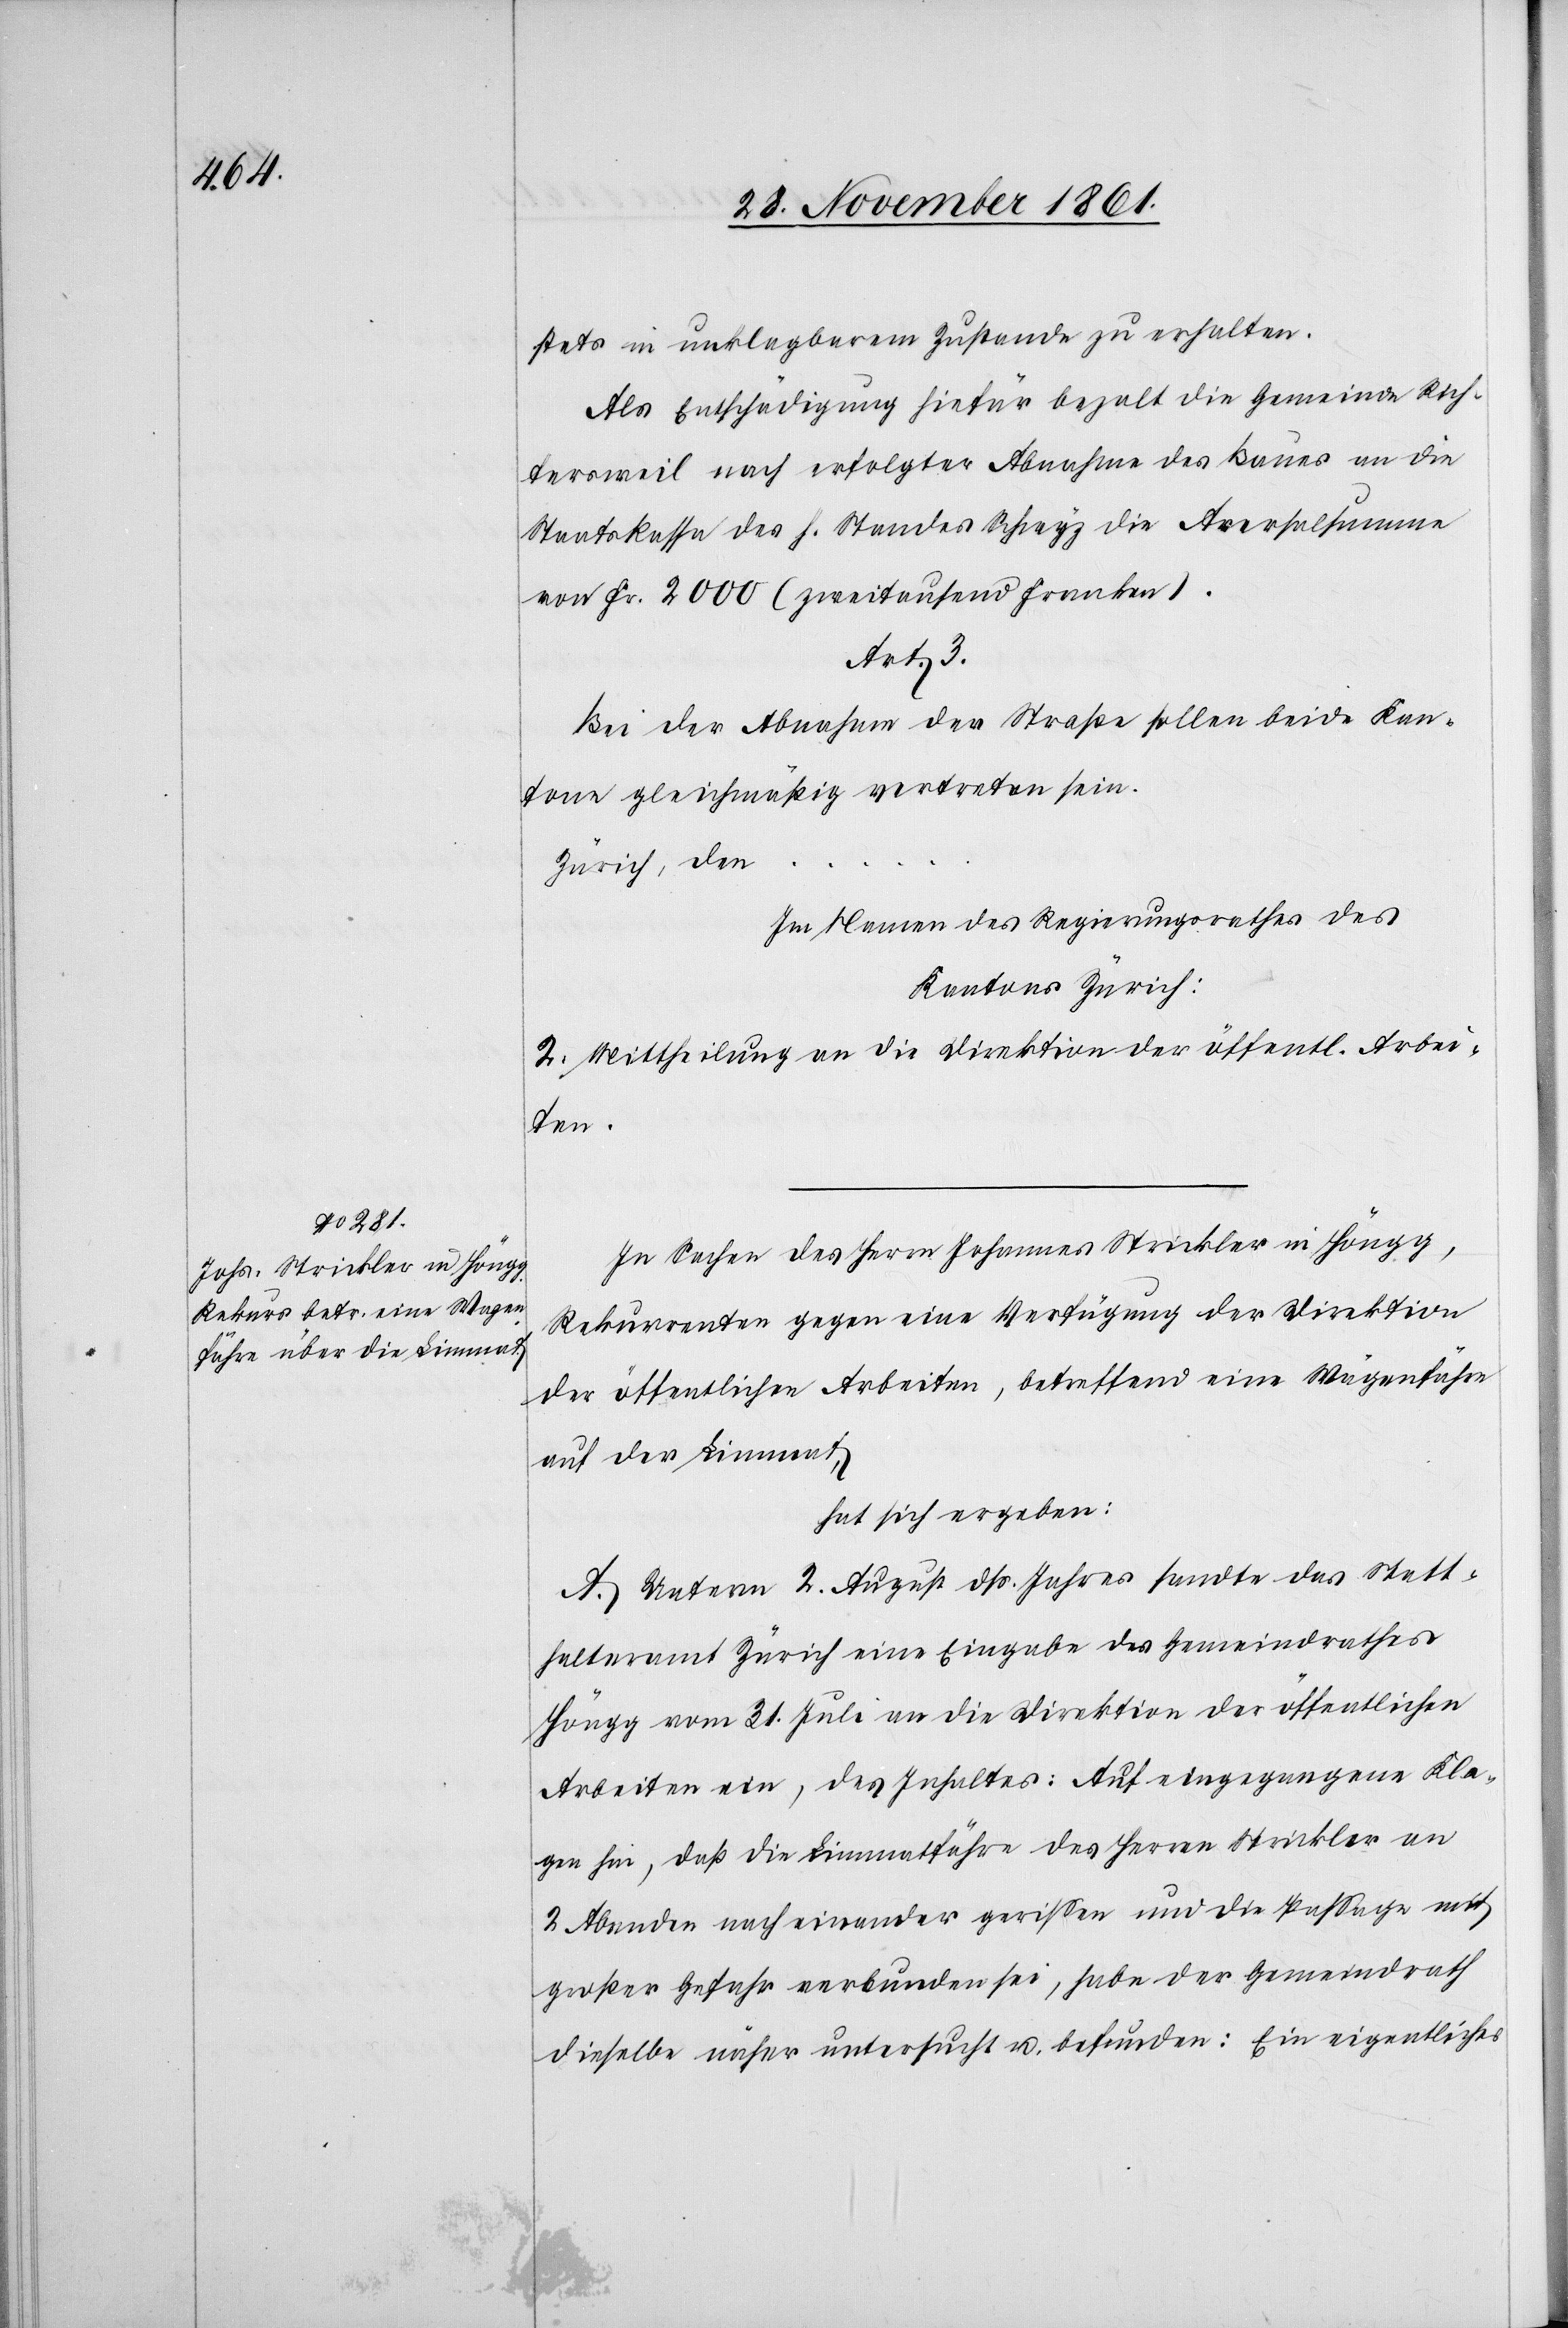
stets in unklagbarem Zustande zu erhalten.
Als Entschädigung hiefür bezalt die Gemeinde Rich¬
tersweil nach erfolgter Abnahme des Baues an die
Staatskasse des h. Standes Schwyz die Aversalsumme
von Fr. 2000 (zweitausend Franken).
Bei der Abnahme der Straße sollen beide Kan¬
tone gleichmäßig vertreten sein.
Zürich, den…
Im Namen des Regierungsrathes des
Kantons Zürich:
2. Mittheilung an die Direktion der öffentl. Arbei¬
ten.
In Sachen des Herrn Johannes Strickler in Höngg,
Rekurrenten gegen eine Verfügung der Direktion
der öffentlichen Arbeiten, betreffend eine Wagenfähre
auf der Limmat,
hat sich ergeben:
A. Unterm 2 August dß. Jahres sandte das Statt¬
halteramt Zürich eine Eingabe des Gemeindrathes
Höngg vom 31 Juli an die Direktion der öffentlichen
Arbeiten ein, des Inhaltes: Auf eingegangene Kla¬
gen hin, daß die Limmatfähre des Herrn Strickler an
2 Abenden nach einander gerißen und die Paßage mit
großer Gefahr verbunden sei, habe der Gemeindrath
dieselbe näher untersucht u. befunden: Ein eigentliches